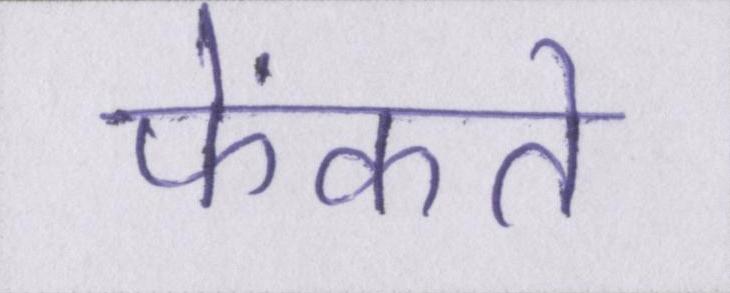
फेंकते